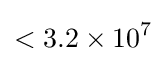
<3.2\times 10^{7}